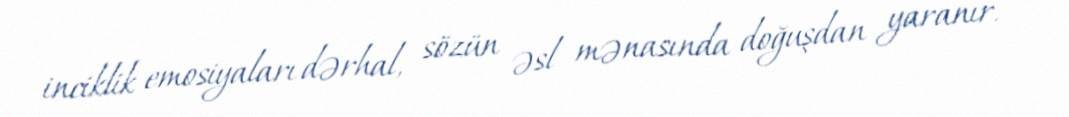
inciklik emosiyaları dərhal, sözün əsl mənasında doğuşdan yaranır.